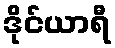
ဒိုင်ယာရီ